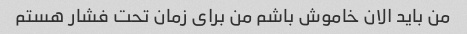
من باید الان خاموش باشم من برای زمان تحت فشار هستم